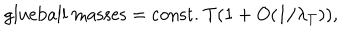
LaTeX: \mathrm { g l u e b a l l ~ m a s s e s = c o n s t . } ~ T ( 1 + O ( 1 / \lambda _ { T } ) ) ,